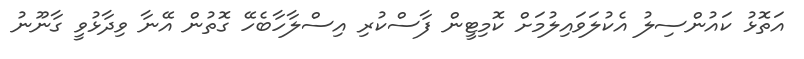
އަތޮޅު ކައުންސިލު އެކުލަވައިލުމަށް ކޮމިޓީން ފާސްކުރި އިސްލާހާބެހޭ ގޮތުން އޭނާ ވިދާޅުވީ ގާނޫނު